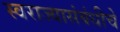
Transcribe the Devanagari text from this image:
स्वराज्यासंबंधीचे